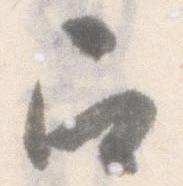
召